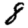
Digit: 8